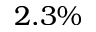
2 . 3 \%